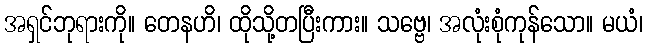
အရှင်ဘုရားကို။ တေနဟိ၊ ထိုသို့တပြီးကား။ သဗ္ဗေ၊ အလုံးစုံကုန်သော။ မယံ၊